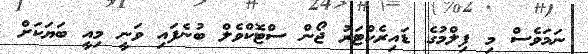
ނަމަވެސް މި ފިލްމުގެ ޑައިރެކްޓަރު ޖޯން ސްޓޮކްވެލް ބުނެފައި ވަނީ މިއީ ބަޔަކަށް